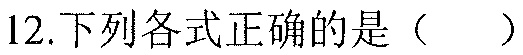
12.下列各式正确的是（  ）